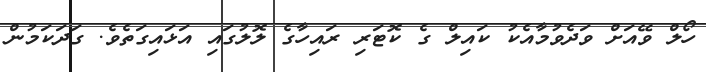
ހޯލް ވޭއަށް ވަދެވުމާއެކު ކައިލް ގެ ކޮޓަރި ރައިހާގެ ލޮލުގައި އަޅައިގަތެވެ. ގަދަކަމުން